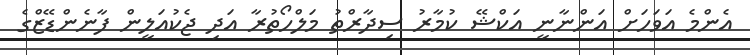
އެންމެ އަވަހަށް އަންނާނީ އަކްޝޭ ކުމާރު ސިދާރްތު މަލްހޯތުރާ އަދި ޖެކުއަލީން ފާނެންޑޭޒްގެ